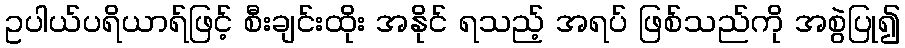
ဥပါယ်ပရိယာရ်ဖြင့် စီးချင်းထိုး အနိုင် ရသည့် အရပ် ဖြစ်သည်ကို အစွဲပြု၍